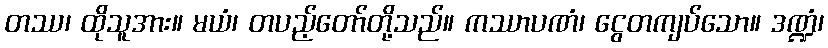
တဿ၊ ထိုသူအား။ မယံ၊ တပည့်တော်တို့သည်။ ကဿာပဏံ၊ ငွေတကျပ်သော။ ဒဏ္ဍံ၊